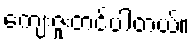
ကျေးဇူးတင်ပါတယ်။